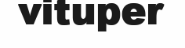
vituper